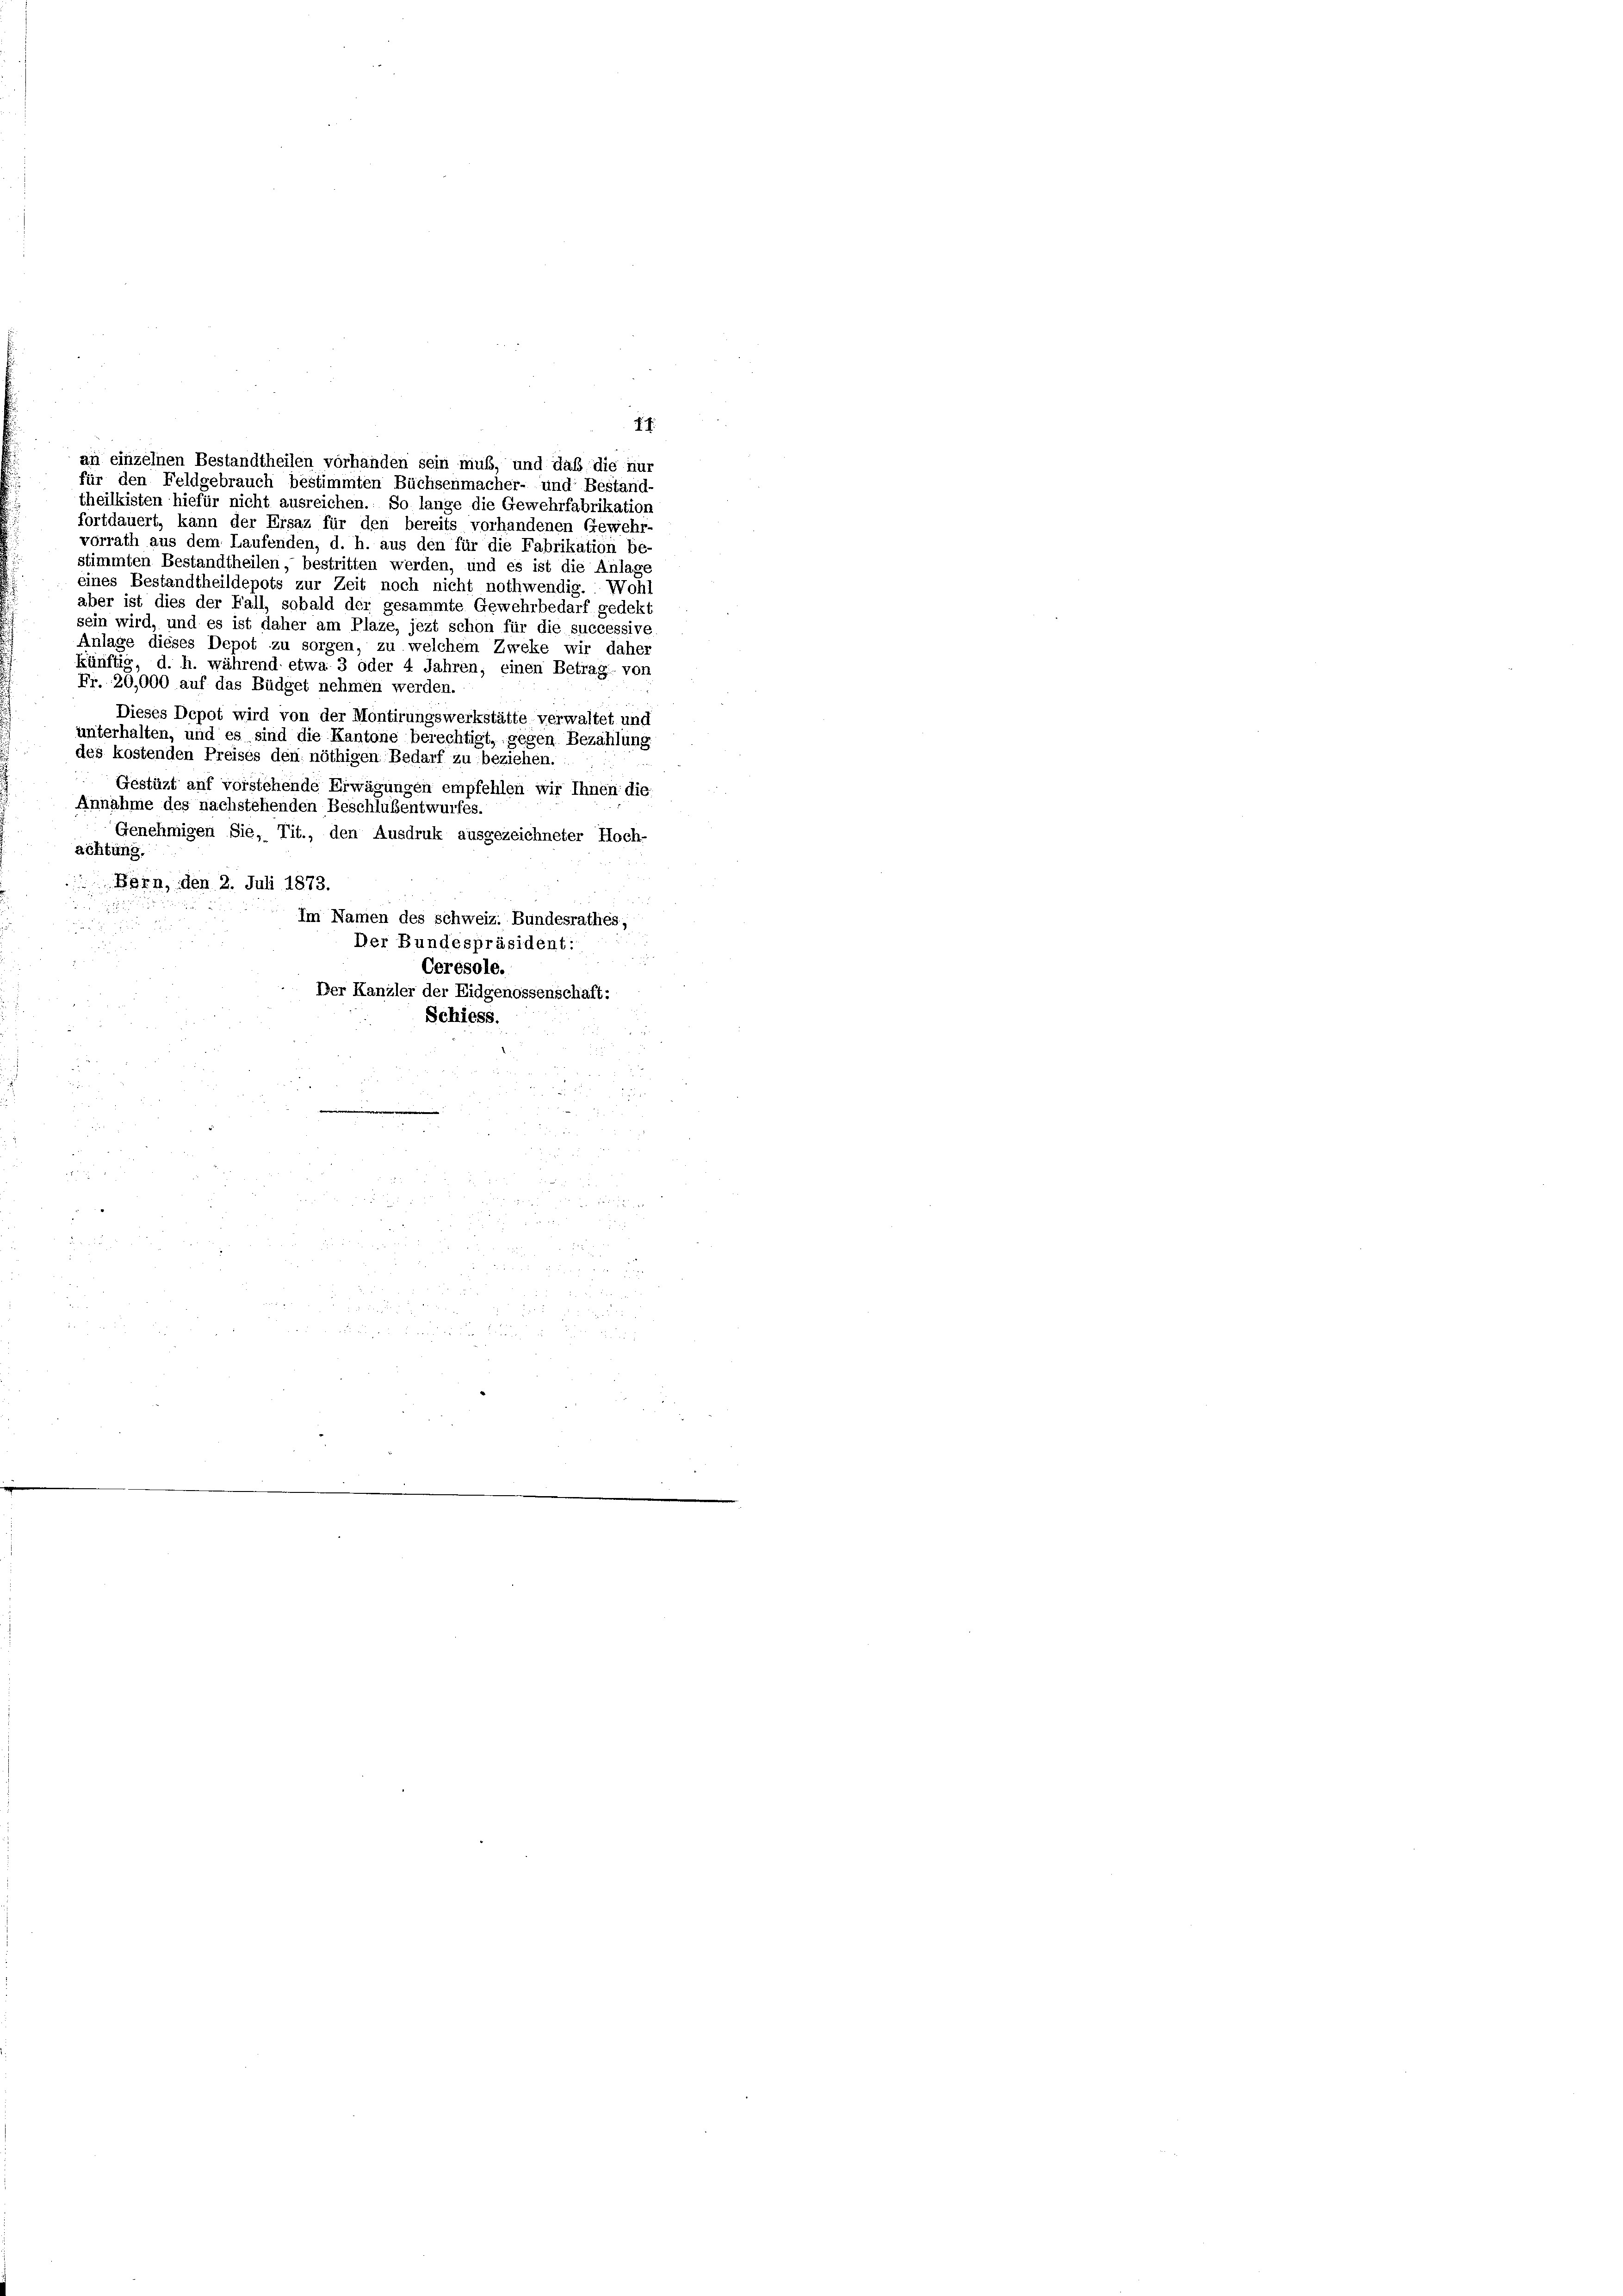
aber ist dies der Fall, sobald der gesammte Gewehrbedarf gedekt
sein wird, und es ist daher am Plaze, jezt schon für die successive
Anlage dieses Depot zu sorgen, zu welchem Zweke wir daher
künftig, d. h. während etwa 3 oder 4 Jahren, einen Betrag von
Fr. 20,000 auf das Büdget nehmen werden.
Dieses Depot wird von der Montirungswerkstätte verwaltet und
unterhalten, und es sind die Kantone berechtigt, gegen Bezahlung
des kostenden Preises den nöthigen Bedarf zu beziehen.
Gestüzt auf vorstehende Erwägungen empfehlen wir Ihnen die
Annahme des nachstehenden Beschlußentwurfes.
Genehmigen Sie, Tit., den Ausdruk ausgezeichneter Hoch-
achtung.
Bern, den 2. Juli 1873.
Im Namen des schweiz. Bundesrathes,
Der Bundespräsident:
Cerésole.
Der Kanzler der Eidgenossenschaft:
Schiess.

an einzelnen Bestandtheilen vorhanden sein muß, und daß die nur
für den Feldgebrauch bestimmten Büchsenmacher- und Bestand-
theilkisten hiefür nicht ausreichen. So lange die Gewehrfabrikation
fortdauert, kann der Ersaz für den bereits vorhandenen Gewehr-
vorrath aus dem Laufenden, d. h. aus den für die Fabrikation be
stimmten Bestandtheilen, bestritten werden, und es ist die Anlage
eines Bestandtheildepots zur Zeit noch nicht nothwendig. Wohl

7 f.